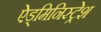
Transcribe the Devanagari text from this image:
ऐड्मिनिस्ट्रेश